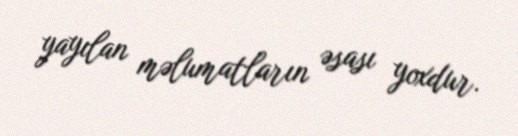
yayılan məlumatların əsası yoxdur.